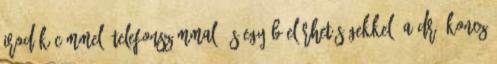
irodák címmel, telefonszámmal, és egyéb elérhetőségekkel. A Dr. Koncz